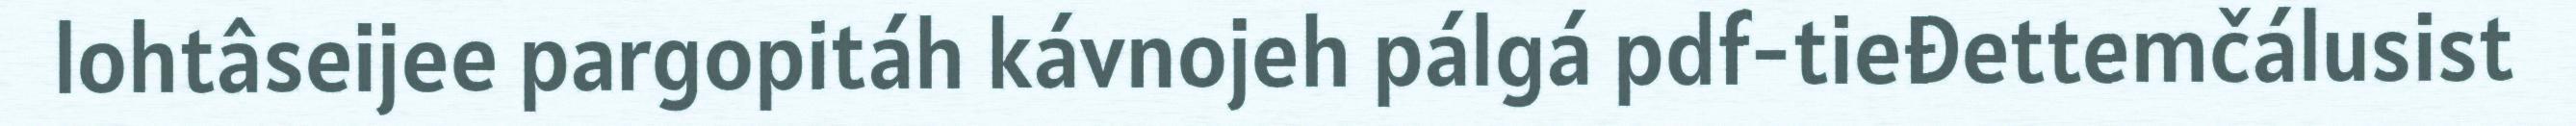
lohtâseijee pargopitáh kávnojeh pálgá pdf-tieđettemčálusist